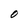
Character: O